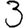
Digit: 3